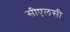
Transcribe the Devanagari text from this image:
सीएलसी